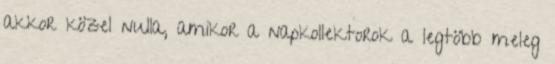
akkor közel nulla, amikor a napkollektorok a legtöbb meleg